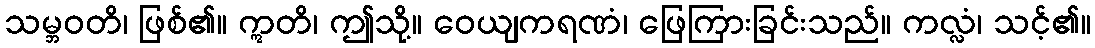
သမ္ဘဝတိ၊ ဖြစ်၏။ ဣတိ၊ ဤသို့။ ဝေယျကရဏံ၊ ဖြေကြားခြင်းသည်။ ကလ္လံ၊ သင့်၏။